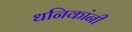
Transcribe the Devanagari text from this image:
धनिकांनी